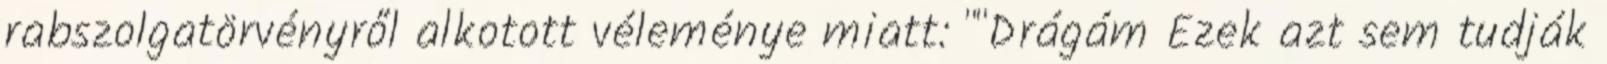
rabszolgatörvényről alkotott véleménye miatt: ""Drágám Ezek azt sem tudják